Indian journal of veterinary science and animal husbandry - Volumes 22-23, 1952-1953
Year: 1952
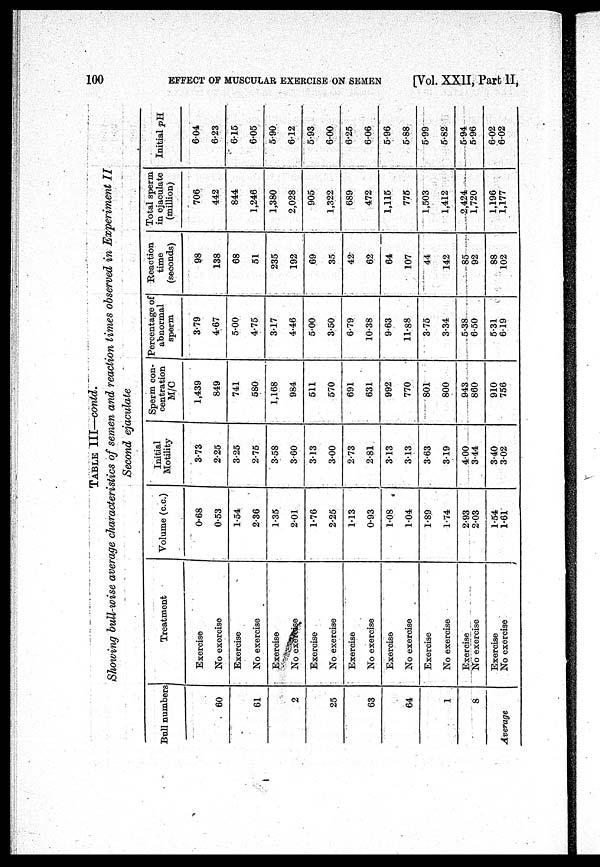
100
EFFECT OF MUSCULAR EXERCISE ON SEMEN
[Vol. XXII, Part II,
TABLE III—contd.
Showing bull-wise average characteristics of semen and reaction times observed in Experiment II
Second ejaculate
Bull numbers
60
61
2
25
63
64
1
8
Average
Treatment
Exercise
No exercise
Exercise
No exercise
Exercise
No exercise
Exercise
No exercise
Exercise
No exercise
Exercise
No exercise
Exercise
No exercise
Exercise
No exercise
Exercise
No exercise
Volume (c.c.)
0.68
0.53
1.54
2.36
1.35
2.01
1.76
2.25
1.13
0.93
1.08
1.04
1.89
1.74
2.93
2.03
1.54
1.61
Initial
Motility
3.73
2.25
3.25
2.75
3.58
3.60
3.13
3.00
2.73
2.81
3.13
3.13
3.63
3.19
4.00
3.44
3.40
3.02
Sperm con-
centration
M/C
1,439
849
741
580
1,168
984
511
570
691
631
992
770
801
800
943
860
910
756
Percentage of
abnormal
sperm
3.79
4.67
5.00
4.75
3.17
4.46
5.00
3.50
6.79
10.38
9.63
11.88
3.75
3.34
5.38
6.50
5.31
6.19
Reaction
time
(seconds)
98
138
68
51
235
192
69
35
42
62
64
107
44
142
85
92
88
102
Total sperm
in ejaculate
(million)
706
442
844
1,246
1,380
2,028
905
1,322
689
472
1,115
775
1,503
1,412
2,424
1,720
1,196
1,177
Initial pH
6.04
6.23
6.15
6.05
5.90
6.12
5.93
6.00
6.25
6.06
5.96
5.88
5.99
5.82
5.94
5.96
6.02
6.02